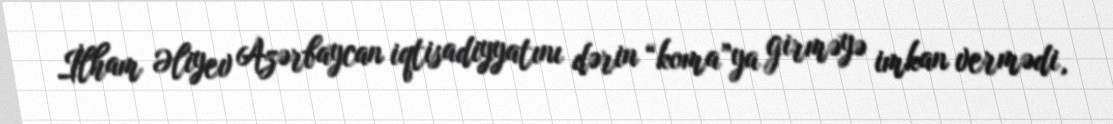
İlham Əliyev Azərbaycan iqtisadiyyatını dərin “koma”ya girməyə imkan vermədi,